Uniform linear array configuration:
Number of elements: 48
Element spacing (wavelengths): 0.75
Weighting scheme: hamming
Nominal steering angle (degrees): -45
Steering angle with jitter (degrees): -45.74
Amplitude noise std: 0.05
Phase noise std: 0.05

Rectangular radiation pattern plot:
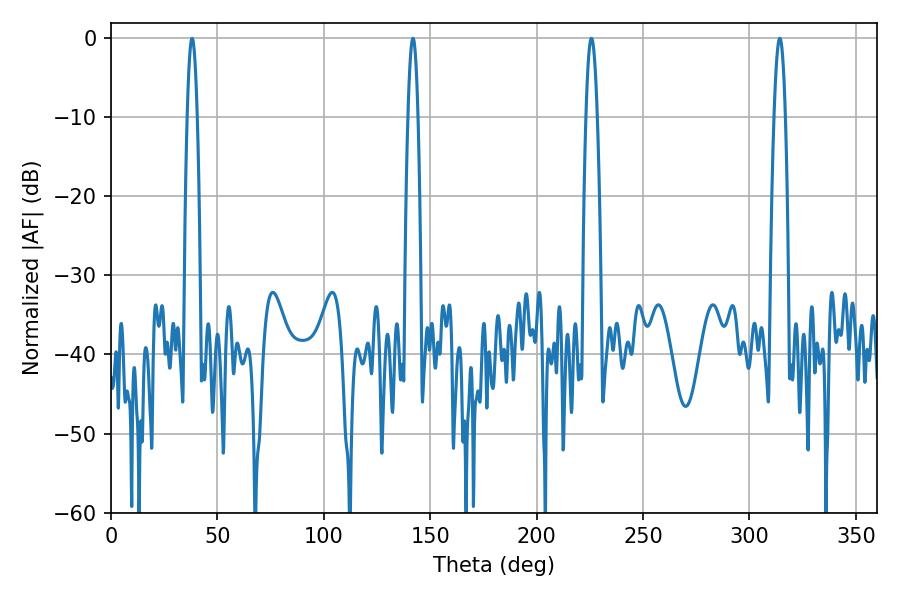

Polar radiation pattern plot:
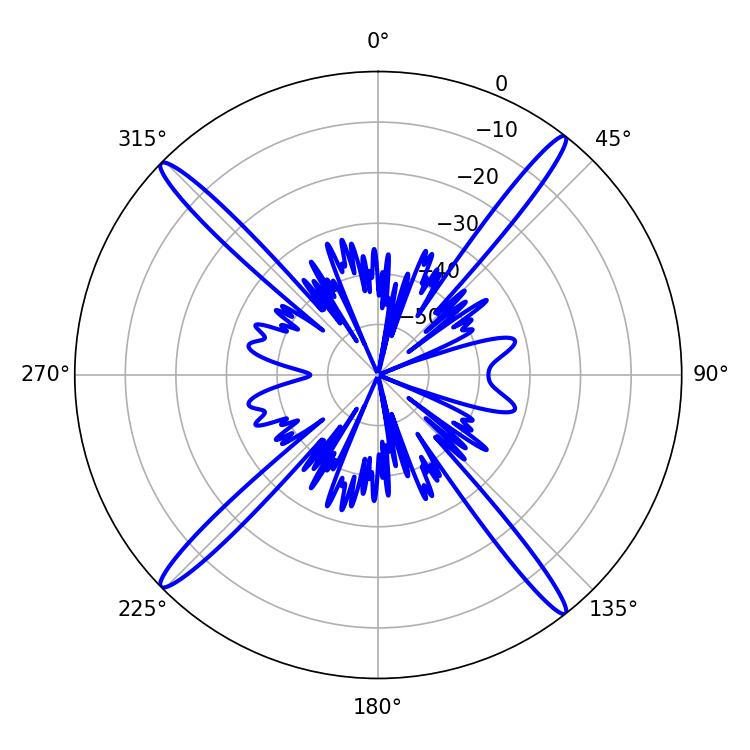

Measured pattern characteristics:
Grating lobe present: TRUE
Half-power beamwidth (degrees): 2.88
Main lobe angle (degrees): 314.28